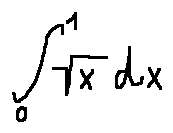
\int \limits _ { 0 } ^ { 1 } \sqrt { x } d x